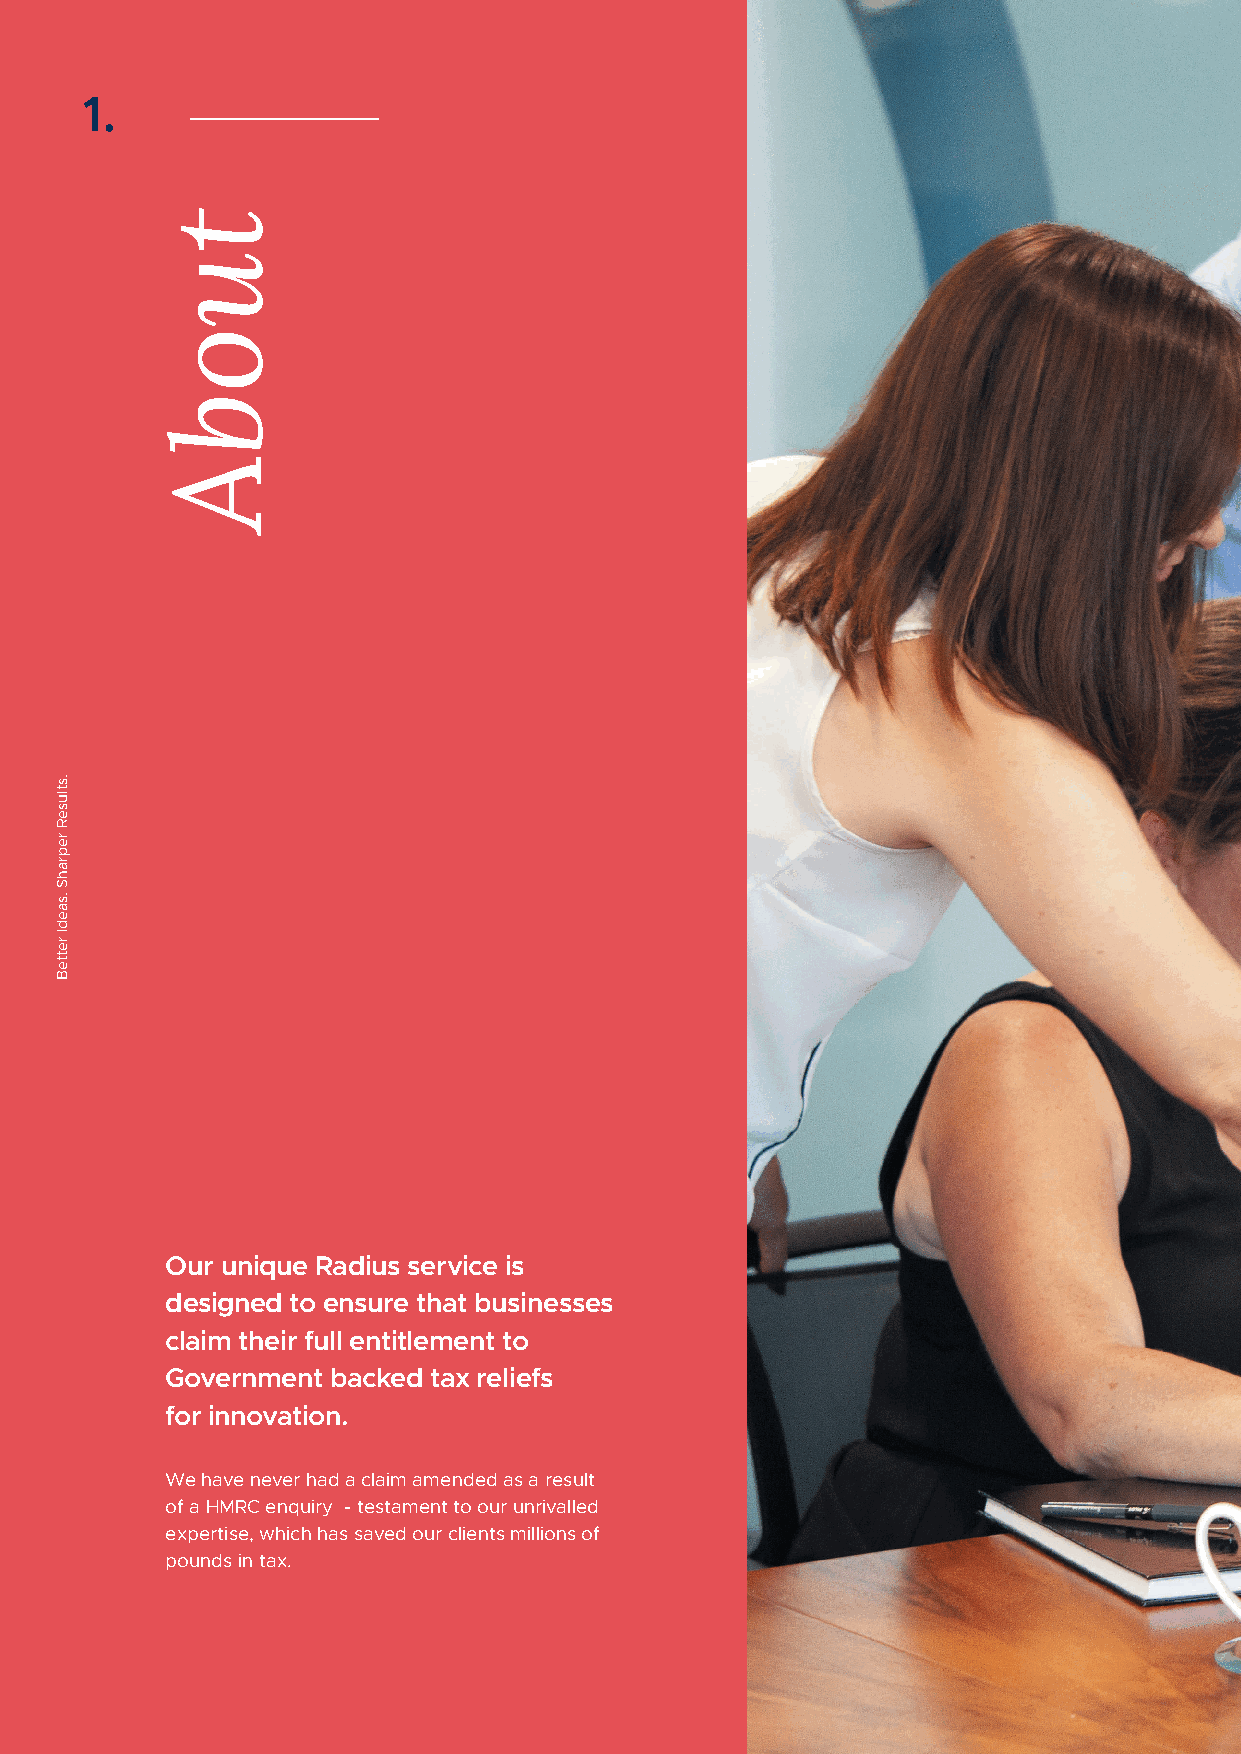
1.
 Our unique Radius service is
 designed to ensure that businesses
 claim their full entitlement to
 Government backed tax reliefs
 for innovation.
 We have never had a claim amended as a result
 of a HMRC enquiry - testament to our unrivalled
 expertise, which has saved our clients millions of
 pounds in tax.
 .stluseR
 reprahS
 .saedI
 retteB
 tuobA